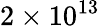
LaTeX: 2\times 10^{13}